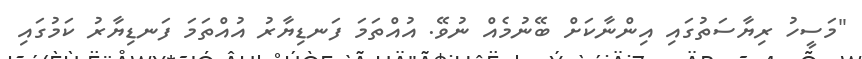
"މަސީހު ރިޔާސަތުގައި އިންނާކަށް ބޭނުމެއް ނުވޭ. އުއްތަމަ ފަނޑިޔާރު އުއްތަމަ ފަނޑިޔާރު ކަމުގައި